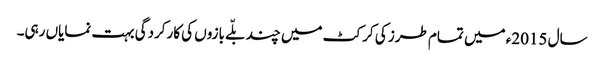
سال 2015ء میں تمام طرز کی کرکٹ میں چند بلّے بازوں کی کارکردگی بہت نمایاں رہی۔